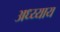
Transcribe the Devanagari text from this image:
अध्य्याय